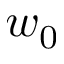
w _ { 0 }